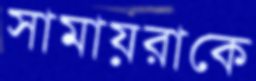
সামায়রাকে